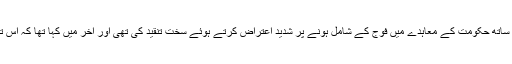
گزشتہ سماعت پر جسٹس شوکت عزیز صدیقی نے دھرے والوں کے ساتھ حکومت کے معاہدے میں فوج کے شامل ہونے پر شدید اعتراض کرتے ہوئے سخت تنقید کی تھی اور آخر میں کہا تھا کہ اس تنقید کے بعد یا تو وہ مار دیے جائیں گے یا غائب کردیے جائیں گے۔